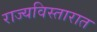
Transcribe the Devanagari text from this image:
राज्यविस्तारात